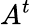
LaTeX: A^{t}